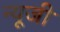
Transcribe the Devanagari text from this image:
न्यूजी